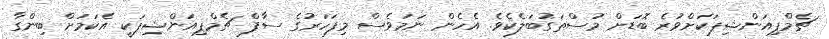
ޗެމްޕިއަންޝިޕަކަށްވުރެ ބޮޑަށް މުސްތަަގުބަލެކެވެ. އެހެން ނަމަވެސް މިފަހަރުގެ ސާފް ޗެމްޕިއަންޝިޕަކީ އެކަމަށް ބިންގާ